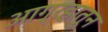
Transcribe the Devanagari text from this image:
आग्रहातून